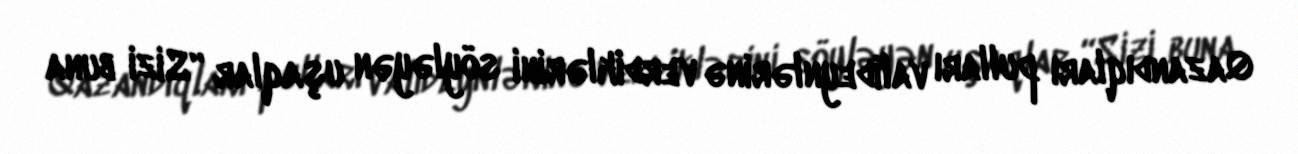
Qazandıqları pulları valideynlərinə verdiklərini söyləyən uşaqlar “Sizi buna